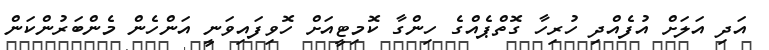
އަދި އަލަށް އުފެއްދި ހުރިހާ ގޮތްޕެއްގެ ހިންގާ ކޮމިޓީއަށް ހޮވިފައިވަނީ އަންހެން މެންބަރުންކަން